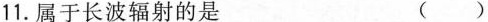
属于长波辐射的是 ()